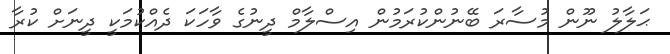
ޙަލާލު ނޫން މުސާރަ ބޭނުންކުރަމުން އިސްލާމް ދީނުގެ ވާހަކަ ދެއްކުމަކީ ދީނަށް ކުރާ